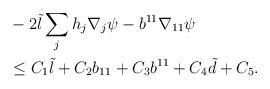
LaTeX: \begin{align*}&-2\tilde{l}\sum_{j}h_{j}\nabla_{j}\psi-b^{11}\nabla_{11}\psi\\&\leq C_{1}\tilde{l}+C_{2}b_{11}+C_{3}b^{11}+C_{4}\tilde{d}+C_{5}.\end{align*}